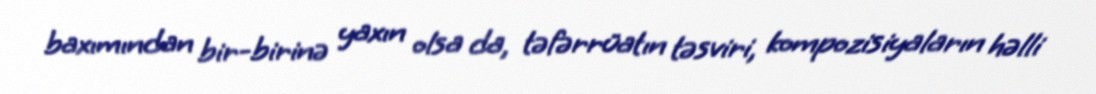
baxımından bir-birinə yaxın olsa da, təfərrüatın təsviri, kompozisiyaların həlli